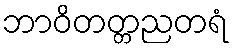
ဘာဝိတတ္တညတရံ